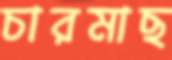
চারমাছ